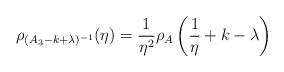
LaTeX: \begin{align*}\rho_{(A_3 -k+\lambda )^{-1} } (\eta ) = \frac{1}{\eta^{2} }\rho_{A} \left(\frac{1}{\eta } +k-\lambda \right)\end{align*}